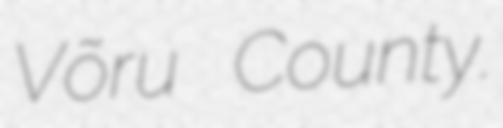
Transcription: Võru County.